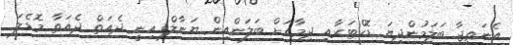
އެނަތީޖާ ބަލަމުންދިޔަ ޑޮކްޓަރާއި ދިމާއަށް ބަލަންއިން ޔަނާލް އިނީ ދެއަތް ދެއަތާ މޮޑެލަ